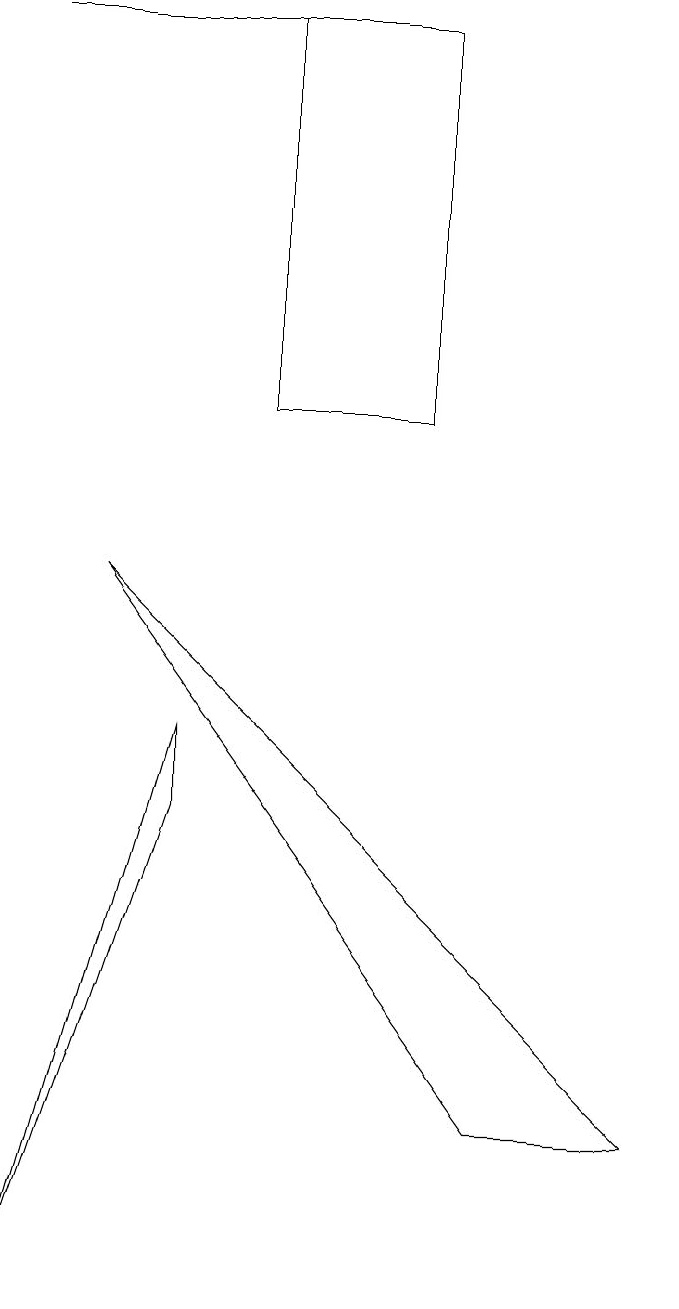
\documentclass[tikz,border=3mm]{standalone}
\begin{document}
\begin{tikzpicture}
\draw (2,6) -- (0,0) -- (2,7) -- cycle;
\draw (1,9) -- (6,2) -- (8,2) -- cycle;
\draw (0,16) rectangle (5,16);
\draw (3,11) rectangle (5,16);
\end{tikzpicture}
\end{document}